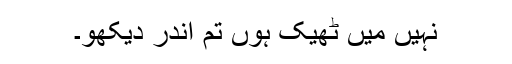
نہیں میں ٹھیک ہوں تم اندر دیکھو۔